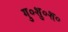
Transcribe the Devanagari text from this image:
गु०शु०श०